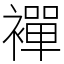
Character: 襌